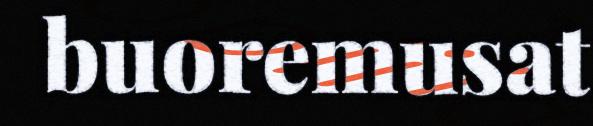
buoremusat